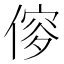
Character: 𠌌